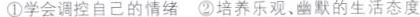
①学会调控自己的情绪 ②培养乐观、幽默的生活态度